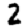
Digit: 2